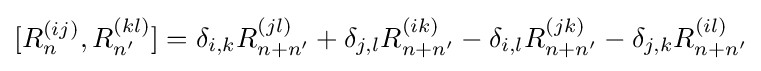
[R_{n}^{(ij)},R_{n'}^{(kl)}]=\delta _{i,k}R_{n+n'}^{(jl)}+\delta _{j,l}R_{n+n'}^{(ik)}-\delta _{i,l}R_{n+n'}^{(jk)}-\delta _{j,k}R_{n+n'}^{(il)}